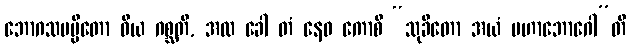
ဘောဂသမပ္ပိတော ဝိယ ဂစ္ဆတိ, အထ ခေါ တံ နေဝ ကောစိ “သုခိတော အယံ မဟာဘောဂေါ”တိ